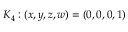
K _ { 4 } : ( x , y , z , w ) = ( 0 , 0 , 0 , 1 )